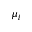
\mu _ { i }